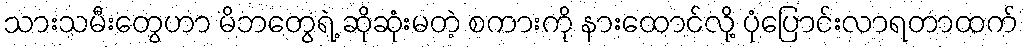
သားသမီးတွေဟာ မိဘတွေရဲ့ ဆိုဆုံးမတဲ့ စကားကို နားထောင်လို့ ပုံပြောင်းလာရတာထက်